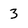
Character: 3